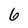
Character: 6